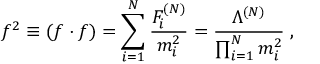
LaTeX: f ^ { 2 } \equiv ( f \cdot f ) = \sum _ { i = 1 } ^ { N } \frac { F _ { i } ^ { ( N ) } } { m _ { i } ^ { 2 } } = \frac { \Lambda ^ { ( N ) } } { \prod _ { i = 1 } ^ { N } m _ { i } ^ { 2 } } \; ,